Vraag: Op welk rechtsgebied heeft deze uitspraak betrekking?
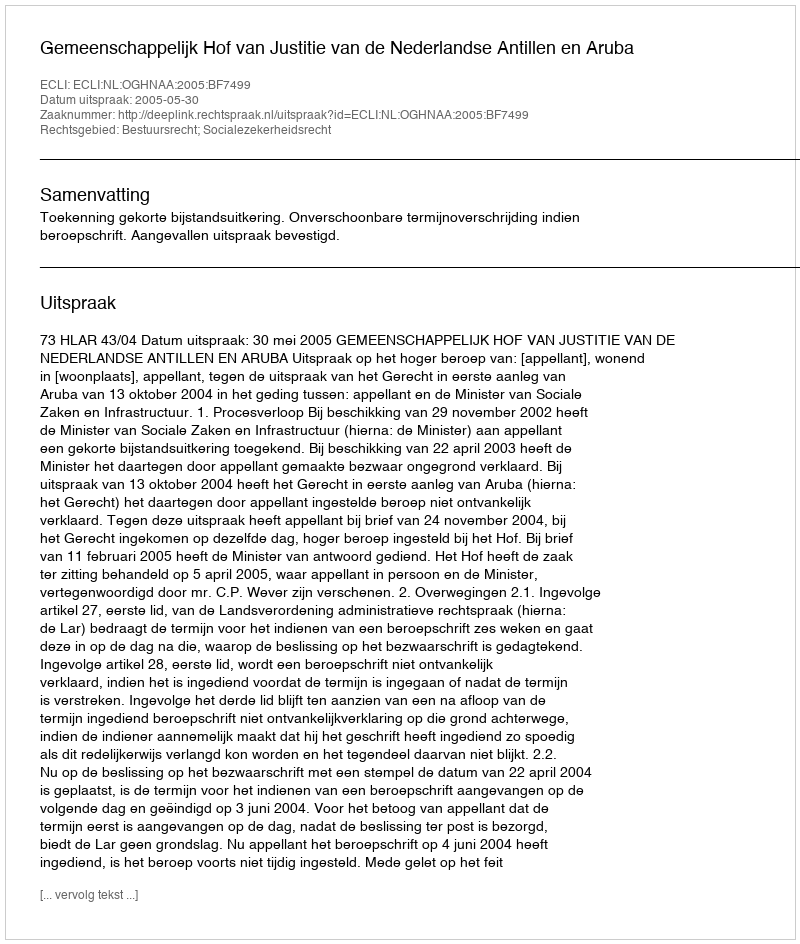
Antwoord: Bestuursrecht; Socialezekerheidsrecht